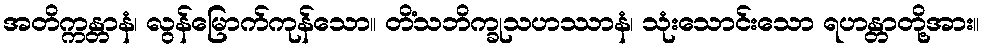
အတိက္ကန္တာနံ၊ လွန်မြောက်ကုန်သော။ တိံသဘိက္ခုသဟဿာနံ၊ သုံးသောင်းသော ရဟန္တာတို့အား။